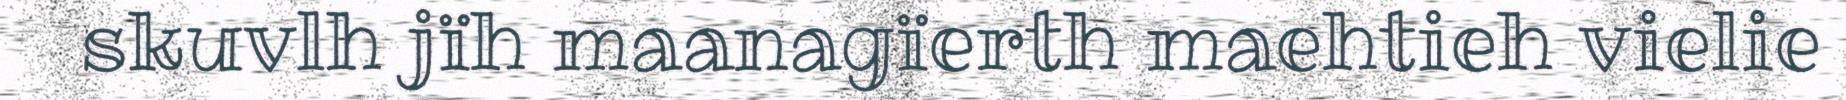
skuvlh jïh maanagïerth maehtieh vielie